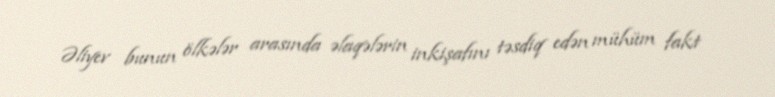
Əliyev bunun ölkələr arasında əlaqələrin inkişafını təsdiq edən mühüm fakt